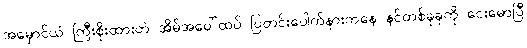
အမှောင်ယံ ကြီးစိုးထားတဲ အိမ်အပေါ်ထပ် ပြတင်းပေါက်နားကနေ နင်တစ်ခုခုကို ငေးမောပြီ